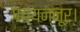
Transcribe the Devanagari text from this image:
पय्यन्नूर।